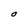
Character: O